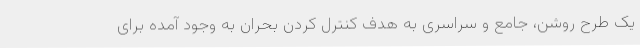
یک طرح روشن، جامع و سراسری به هدف کنترل کردن بحران به وجود آمده برای